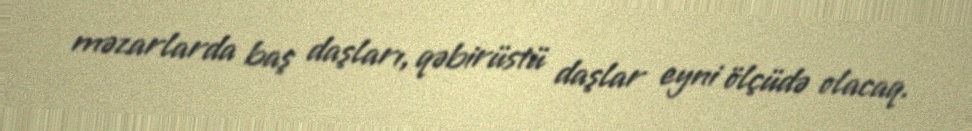
məzarlarda baş daşları, qəbirüstü daşlar eyni ölçüdə olacaq.